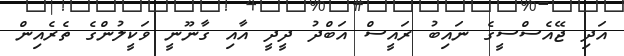
އަދި ޖޭއެސްސީގެ ނައިބު ރައީސް އަބްދު ދީދީ އާއި ގާނޫނީ ވަކީލުންގެ ތެރެއިން